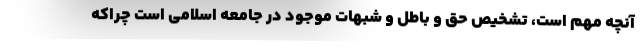
آنچه مهم است، تشخیص حق و باطل و شبهات موجود در جامعه اسلامی است چراکه